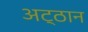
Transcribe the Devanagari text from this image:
अट्ठान